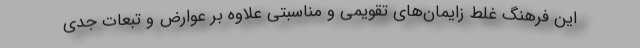
این فرهنگ غلط زایمان‌های تقویمی و مناسبتی علاوه بر عوارض و تبعات جدی